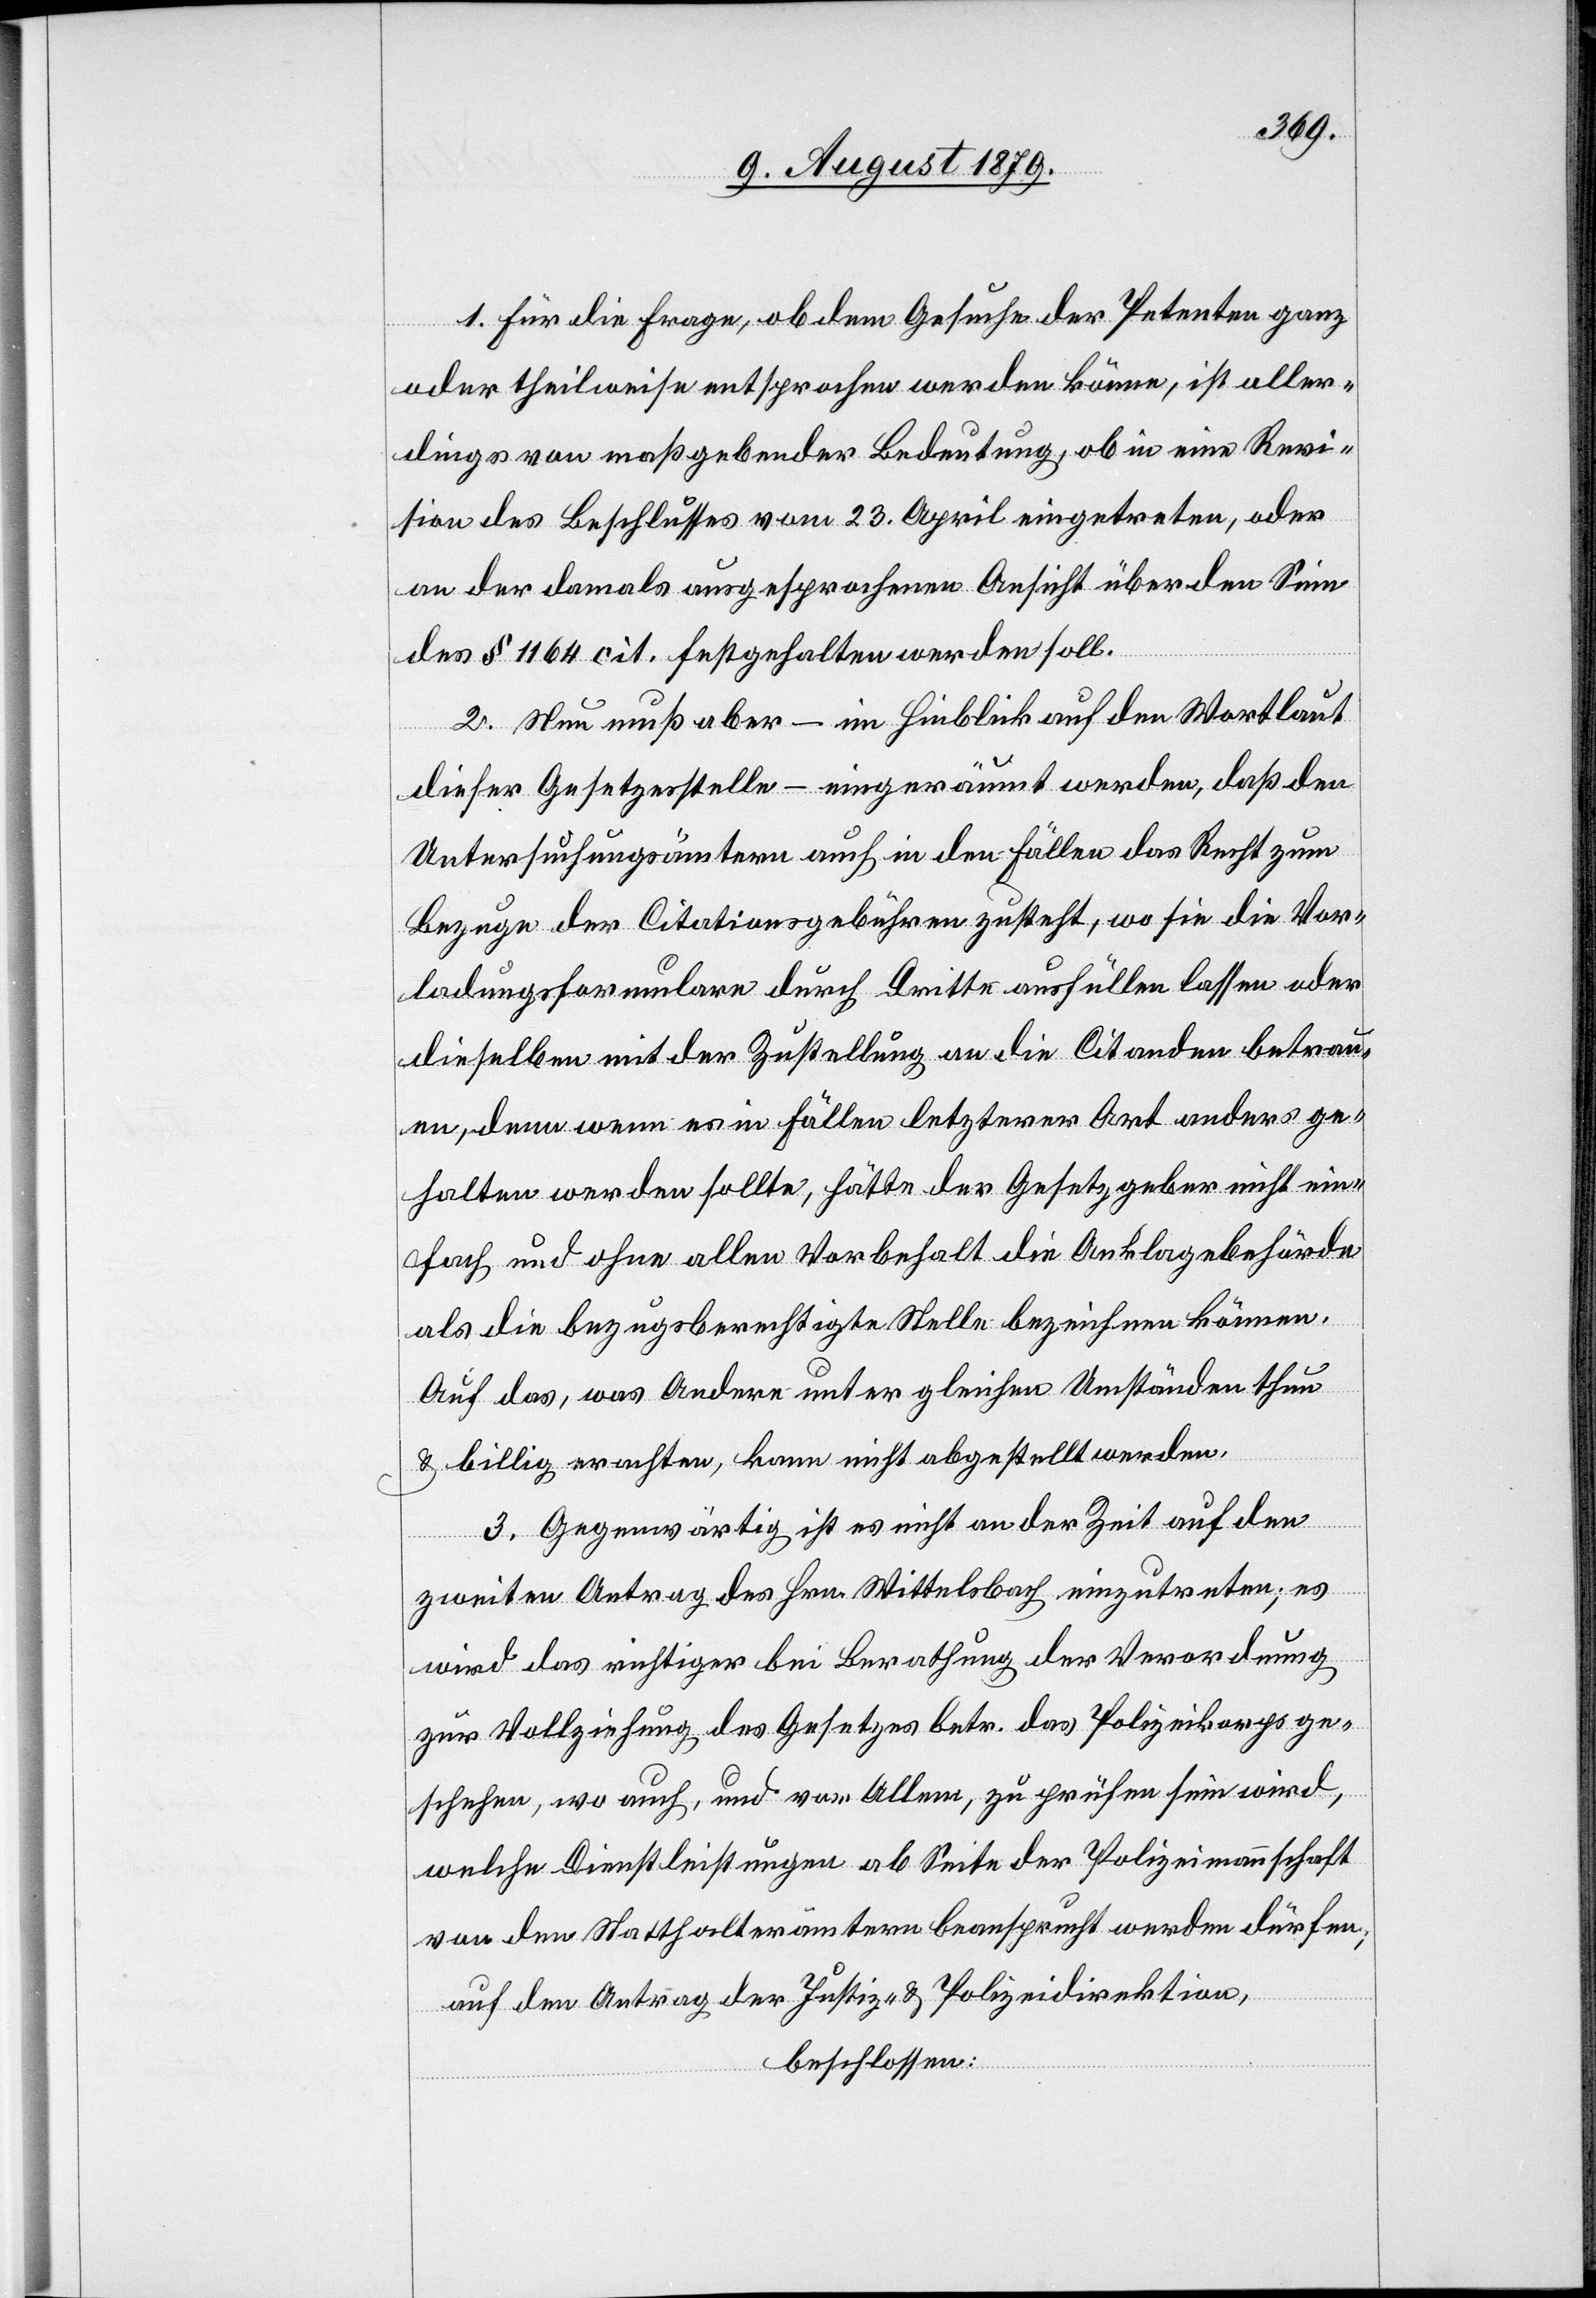
1. Für die Frage, ob dem Gesuche der Petenten ganz
oder theilweise entsprochen werden könne, ist aller¬
dings von maßgebender Bedeutung, ob in eine Revi¬
sion des Beschlusses vom 23. April eingetreten, oder
an der damals ausgesprochenen Ansicht über den Sin¬
n
des § 1164 cit. festgehalten werden soll.
2. Nun muß aber – im Hinblick auf den Wortlaut
dieser Gesetzesstelle – eingeräumt werden, daß den
Untersuchungsämtern auch in den Fällen das Recht zum
Bezuge der Citationsgebühren zusteht, wo sie die Vor¬
ladungsformulare durch Dritte ausfüllen lassen oder
dieselben mit der Zustellung an die Citanden betrau¬
en, denn wenn es in Fällen letzterer Ort anders ge¬
halten werden sollte, hätte der Gesetzgeber nicht ein¬
fach und ohne allen Vorbehalt die Anklagebehörde
als die bezugsberechtigte Stelle bezeichnen können.
auf das, was Andere unter gleichen Umständen thun
& billig erachten, kann nicht abgestellt werden.
3. Gegenwärtig ist es nicht an der Zeit auf den
zweiten Antrag des Hrn. Wittelsbach einzutreten; es
wird das richtiger bei Berathung der Verordnung
zur Vollziehung des Gesetzes betr. das Polizeikorps ge¬
schehen, wo auch, und vor Allem, zu prüfen sein wird,
welche Dienstleistungen ab Seite der Polizeimannschaft
von den Statthalterämtern beansprucht werden dürfen;
auf den Antrag der Justiz- & Polizeidirektion,
beschlossen: